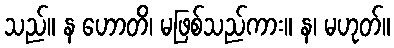
သည်။ န ဟောတိ၊ မဖြစ်သည်ကား။ န၊ မဟုတ်။